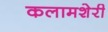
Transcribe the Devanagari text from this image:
कलामशेरी